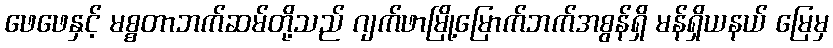
ဖေဖေနှင့် မစ္စတာဘက်ဆမ်တို့သည် ဂျက်ဖာမြို့မြောက်ဘက်အစွန်ရှိ မန်ရှိယနယ် မြေမှ